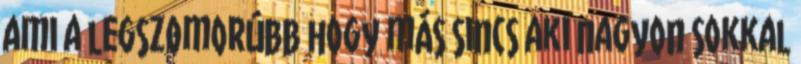
ami a legszomorúbb hogy más sincs aki nagyon sokkal